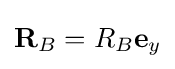
\mathbf {R} _{B}=R_{B}\mathbf {e} _{y}